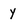
Character: y